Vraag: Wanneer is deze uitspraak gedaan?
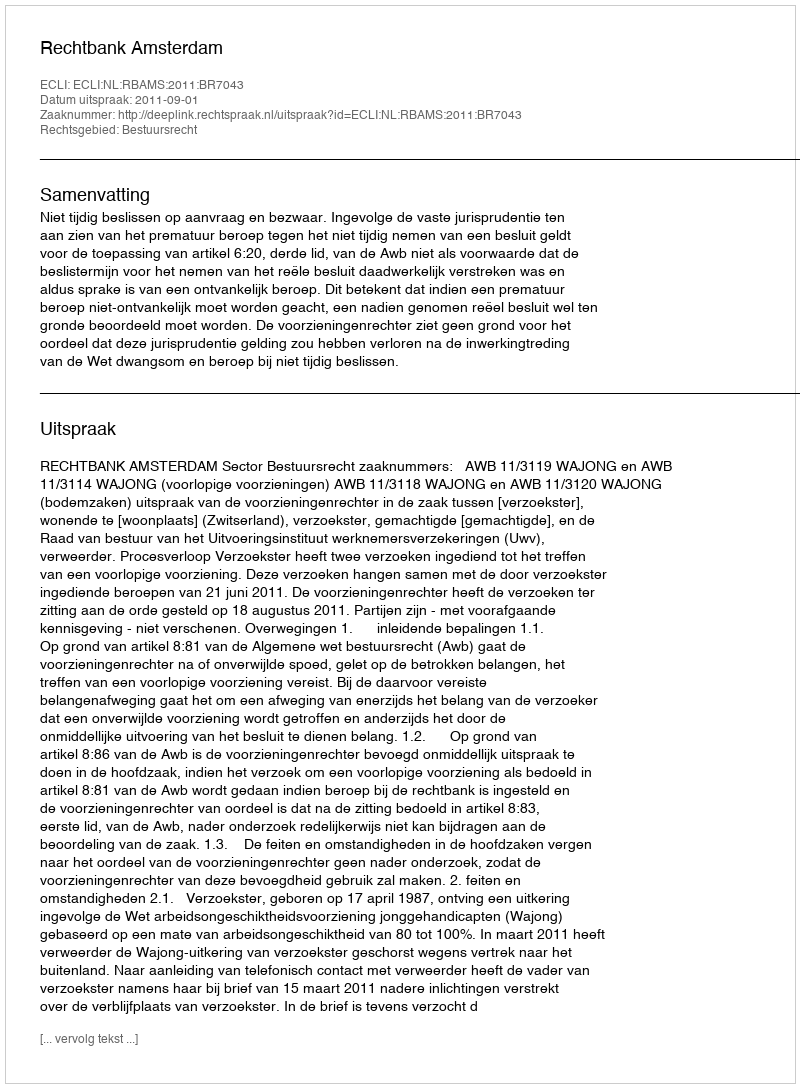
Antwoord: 2011-09-01